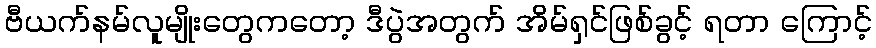
ဗီယက်နမ်လူမျိုးတွေကတော့ ဒီပွဲအတွက် အိမ်ရှင်ဖြစ်ခွင့် ရတာ ကြောင့်